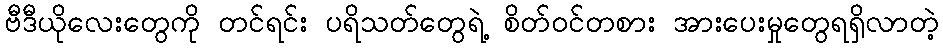
ဗီဒီယိုလေးတွေကို တင်ရင်း ပရိသတ်တွေရဲ့ စိတ်ဝင်တစား အားပေးမှုတွေရရှိလာတဲ့